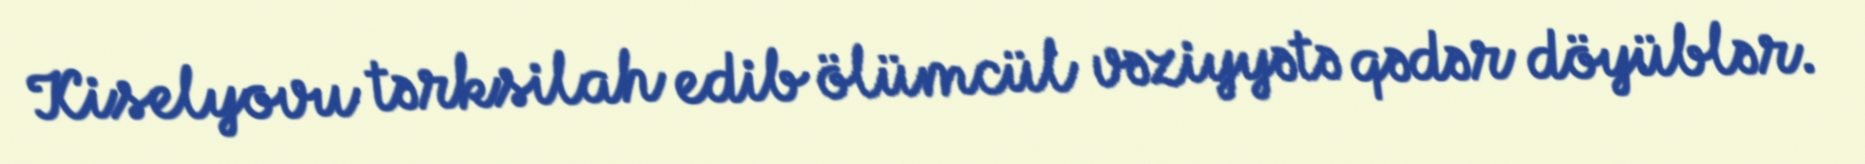
Kiselyovu tərksilah edib ölümcül vəziyyətə qədər döyüblər.